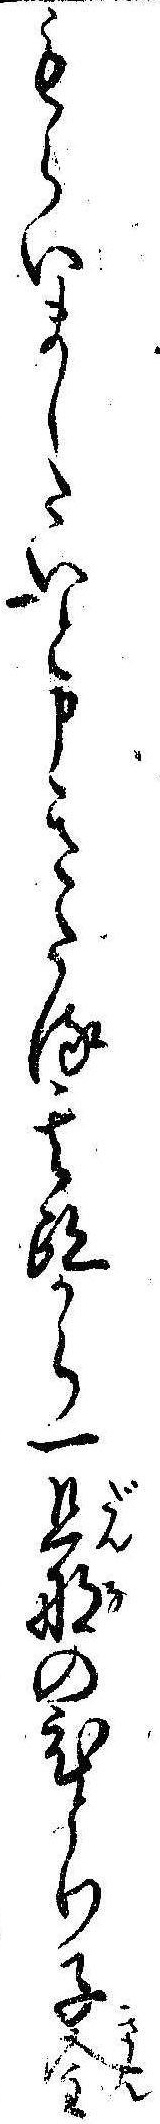
もらいましたいと申きたる其跡から一旦那のひとり子金